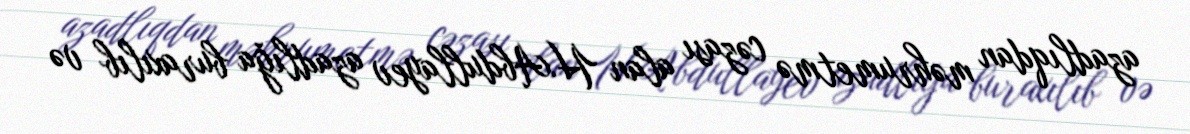
azadlıqdan məhrumetmə cəzası alan H.Abdullayev azadlığa buraxılıb və